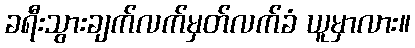
ခရီးသွားချက်လက်မှတ်လက်ခံ ယူမှာလား။